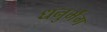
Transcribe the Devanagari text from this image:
धनुर्भंग